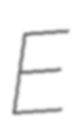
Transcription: E